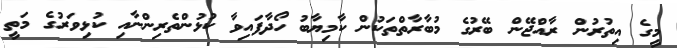
މީގެ އިތުރުން ރާއްޖޭން ބޭރުގެ މުބާރާތްތަކުން ކާމިޔާބު ހޯދާފައިވާ ކުޅުންތެރިންނާއި ކުޅިވަރުގެ މަތީ